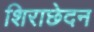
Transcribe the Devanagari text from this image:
शिराछेदन